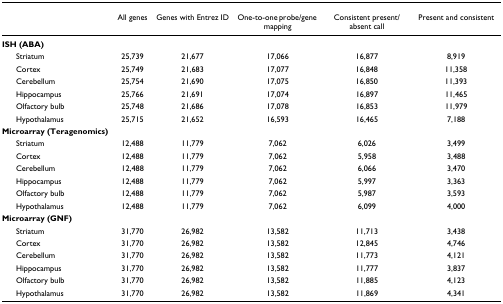
|  | All genes | Genes with Entrez ID | One-to-one probe/gene mapping | Consistent present/absent call | Present and consistent |
 | --- | --- | --- | --- | --- | --- |
 | ISH (ABA) |  |  |  |  |  |
 | Striatum | 25,739 | 21,677 | 17,066 | 16,877 | 8,919 |
 | Cortex | 25,749 | 21,683 | 17,077 | 16,848 | 11,358 |
 | Cerebellum | 25,754 | 21,690 | 17,075 | 16,850 | 11,393 |
 | Hippocampus | 25,766 | 21,691 | 17,074 | 16,897 | 11,465 |
 | Olfactory bulb | 25,748 | 21,686 | 17,078 | 16,853 | 11,979 |
 | Hypothalamus | 25,715 | 21,652 | 16,593 | 16,465 | 7,188 |
 | Microarray (Teragenomics) |  |  |  |  |  |
 | Striatum | 12,488 | 11,779 | 7,062 | 6,026 | 3,499 |
 | Cortex | 12,488 | 11,779 | 7,062 | 5,958 | 3,488 |
 | Cerebellum | 12,488 | 11,779 | 7,062 | 6,066 | 3,470 |
 | Hippocampus | 12,488 | 11,779 | 7,062 | 5,997 | 3,363 |
 | Olfactory bulb | 12,488 | 11,779 | 7,062 | 5,987 | 3,593 |
 | Hypothalamus | 12,488 | 11,779 | 7,062 | 6,099 | 4,000 |
 | Microarray (GNF) |  |  |  |  |  |
 | Striatum | 31,770 | 26,982 | 13,582 | 11,713 | 3,438 |
 | Cortex | 31,770 | 26,982 | 13,582 | 12,845 | 4,746 |
 | Cerebellum | 31,770 | 26,982 | 13,582 | 11,773 | 4,121 |
 | Hippocampus | 31,770 | 26,982 | 13,582 | 11,777 | 3,837 |
 | Olfactory bulb | 31,770 | 26,982 | 13,582 | 11,885 | 4,123 |
 | Hypothalamus | 31,770 | 26,982 | 13,582 | 11,869 | 4,341 |